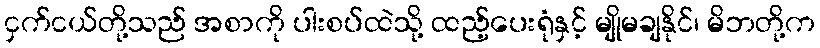
ငှက်ငယ်တို့သည် အစာကို ပါးစပ်ထဲသို့ ထည့်ပေးရုံနှင့် မျိုမချနိုင်၊ မိဘတို့က